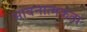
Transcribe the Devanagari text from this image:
भावनात्मकता